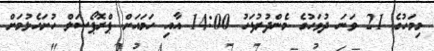
މިމަހުގެ 21 ވަނަ ދުވަހުގެ މެންދުރުފަހު 14:00 އާއި ހަމައަށް ޕްރޮޕޯސަލް ހުށަހެޅުމަށް